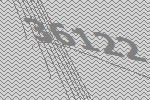
36122